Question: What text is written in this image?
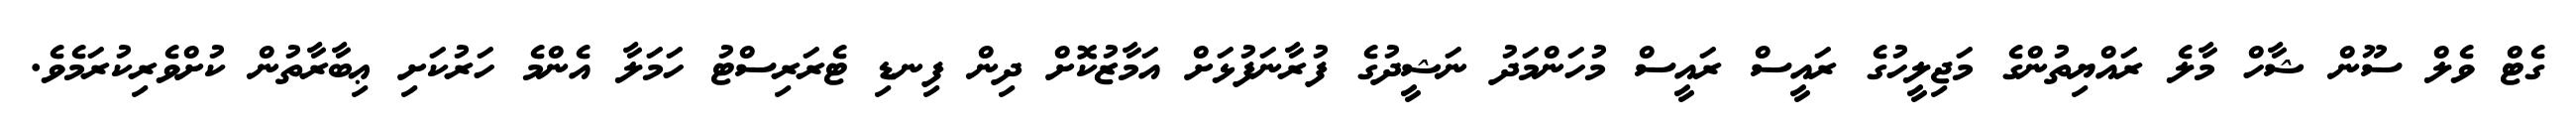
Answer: ގެޓް ވެލް ސޫން ޝާހް މާލެ ރައްޔިތުންގެ މަޖިލީހުގެ ރައީސް ރައީސް މުހަންމަދު ނަޝީދުގެ ފުރާނަފުޅަށް އަމާޒުކޮށް ދިން ފިނޑި ޓެރަރިސްޓު ހަމަލާ އެންމެ ހަރުކަށި ޢިބާރާތުން ކުށްވެރިކުރަމެވެ.